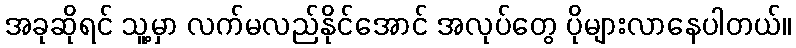
အခုဆိုရင် သူ့မှာ လက်မလည်နိုင်အောင် အလုပ်တွေ ပိုများလာနေပါတယ်။